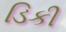
ડિકી